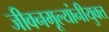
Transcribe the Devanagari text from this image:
जीवनमूल्यांनीयुक्त